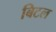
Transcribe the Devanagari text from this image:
बिटल